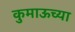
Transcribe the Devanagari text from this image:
कुमाऊच्या